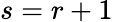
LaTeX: s=r+1